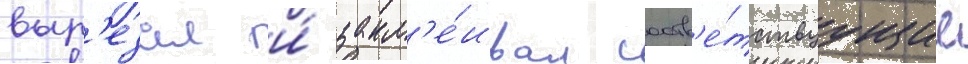
выр'езал и́ закл'е́ивал соотв'е́тствуущие